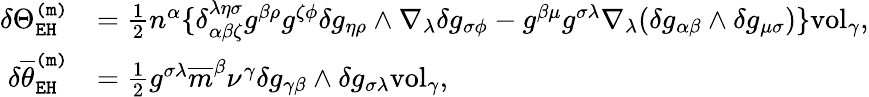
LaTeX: \begin{array}{rl}{\delta\Theta_{\mathtt{EH}}^{\mathtt{(m)}}}&{=\frac{1}{2}n^{\alpha}\{ \delta_{\alpha\beta\zeta}^{\lambda\eta\sigma}g^{\beta\rho}g^{\zeta\phi}\delta g_{\eta\rho}\wedge\nabla_{\lambda}\delta g_{\sigma\phi}-g^{\beta\mu}g^{\sigma\lambda}\nabla_{\lambda}(\delta g_{\alpha\beta}\wedge\delta g_{\mu\sigma})\} \mathrm{vol}_{\gamma},}\\ {\delta\overline{{\theta}}_{\mathtt{EH}}^{\mathtt{(m)}}}&{=\frac{1}{2}g^{\sigma\lambda}\overline{{m}}^{\beta}\nu^{\gamma}\delta g_{\gamma\beta}\wedge\delta g_{\sigma\lambda}\mathrm{vol}_{\gamma},}\end{array}